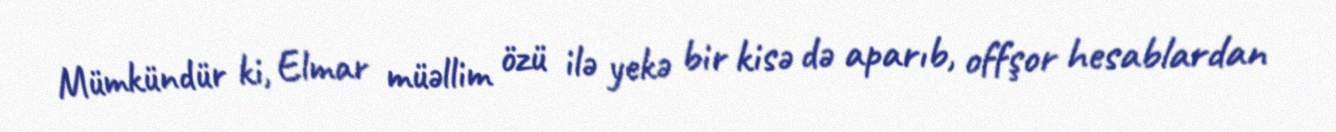
Mümkündür ki, Elmar müəllim özü ilə yekə bir kisə də aparıb, offşor hesablardan